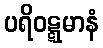
ပရိဝဋ္ဋမာနံ